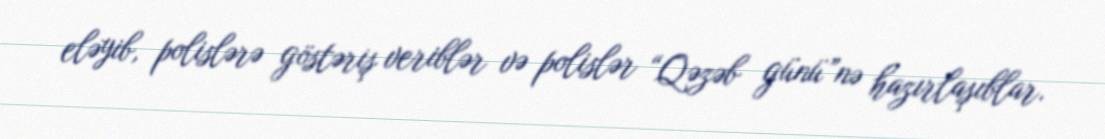
eləyib, polislərə göstəriş veriblər və polislər “Qəzəb günü”nə hazırlaşıblar.